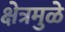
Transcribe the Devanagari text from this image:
क्षेत्रमुळे